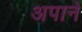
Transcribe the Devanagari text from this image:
अपाने